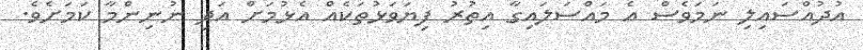
އުދުއްސައިލި ނަމަވެސް އެ މައްސަލައިގާ އިތުރު ފިޔަވަޅުތަކެއް އެޅުމަށް އަދި ނުނިންމާ ކަމަށެވެ.